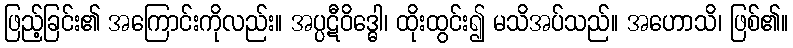
ဖြည့်ခြင်း၏ အကြောင်းကိုလည်း။ အပ္ပဋီဝိဒ္ဓေါ၊ ထိုးထွင်း၍ မသိအပ်သည်။ အဟောသိ၊ ဖြစ်၏။